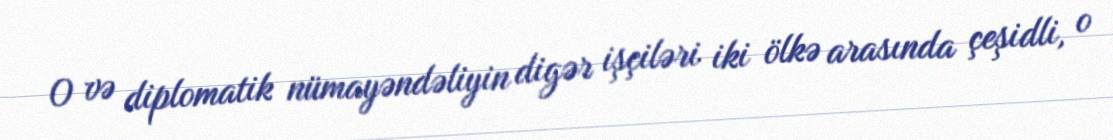
O və diplomatik nümayəndəliyin digər işçiləri iki ölkə arasında çeşidli, o